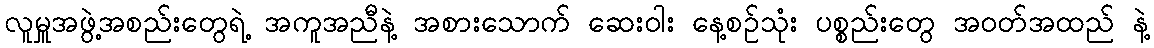
လူမှူအဖွဲ့အစည်းတွေရဲ့ အကူအညီနဲ့ အစားသောက် ဆေးဝါး နေ့စဉ်သုံး ပစ္စည်းတွေ အဝတ်အထည် နဲ့